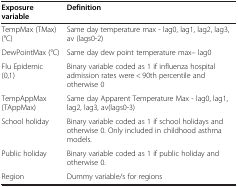
| Exposure variable | Definition |
 | --- | --- |
 | TempMax (TMax) (°C) | Same day temperature max - lag0, lag1, lag2, lag3, av (lags0-2) |
 | DewPointMax (°C) | Same day dew point temperature max– lag0 |
 | Flu Epidemic(0,1) | Binary variable coded as 1 if influenza hospital admission rates were < 90th percentile and otherwise 0 |
 | TempAppMax (TAppMax) | Same day Apparent Temperature Max - lag0, lag1, lag2, lag3, av(lags0-3) |
 | School holiday | Binary variable coded as 1 if school holidays and otherwise 0. Only included in childhood asthma models. |
 | Public holiday | Binary variable coded as 1 if public holiday and otherwise 0. |
 | Region | Dummy variable/s for regions |